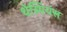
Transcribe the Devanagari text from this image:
थेस्पियंस